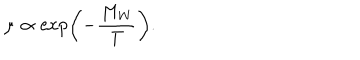
\mu \propto \exp \left( - { \frac { M _ { W } } { T } } \right) .